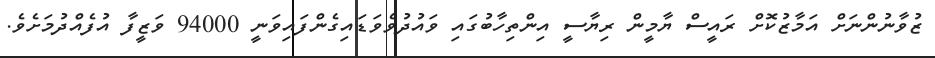
ޒުވާނުންނަށް އަމާޒުކޮށް ރައީސް ޔާމީން ރިޔާސީ އިންތިހާބުގައި ވައުދުވެވަޑައިގެންފައިވަނީ 94000 ވަޒީފާ އުފެއްދުމަށެވެ.